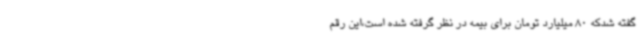
گفته شدکه 80 میلیارد تومان برای بیمه در نظر گرفته شده است،این رقم